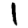
Digit: 1